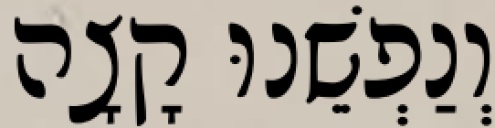
וְנַפְשֵׁנוּ קָצָה